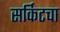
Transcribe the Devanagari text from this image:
सर्किटचा